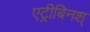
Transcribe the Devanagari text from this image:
एट्रीबिनश्